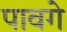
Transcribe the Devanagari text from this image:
पावगे